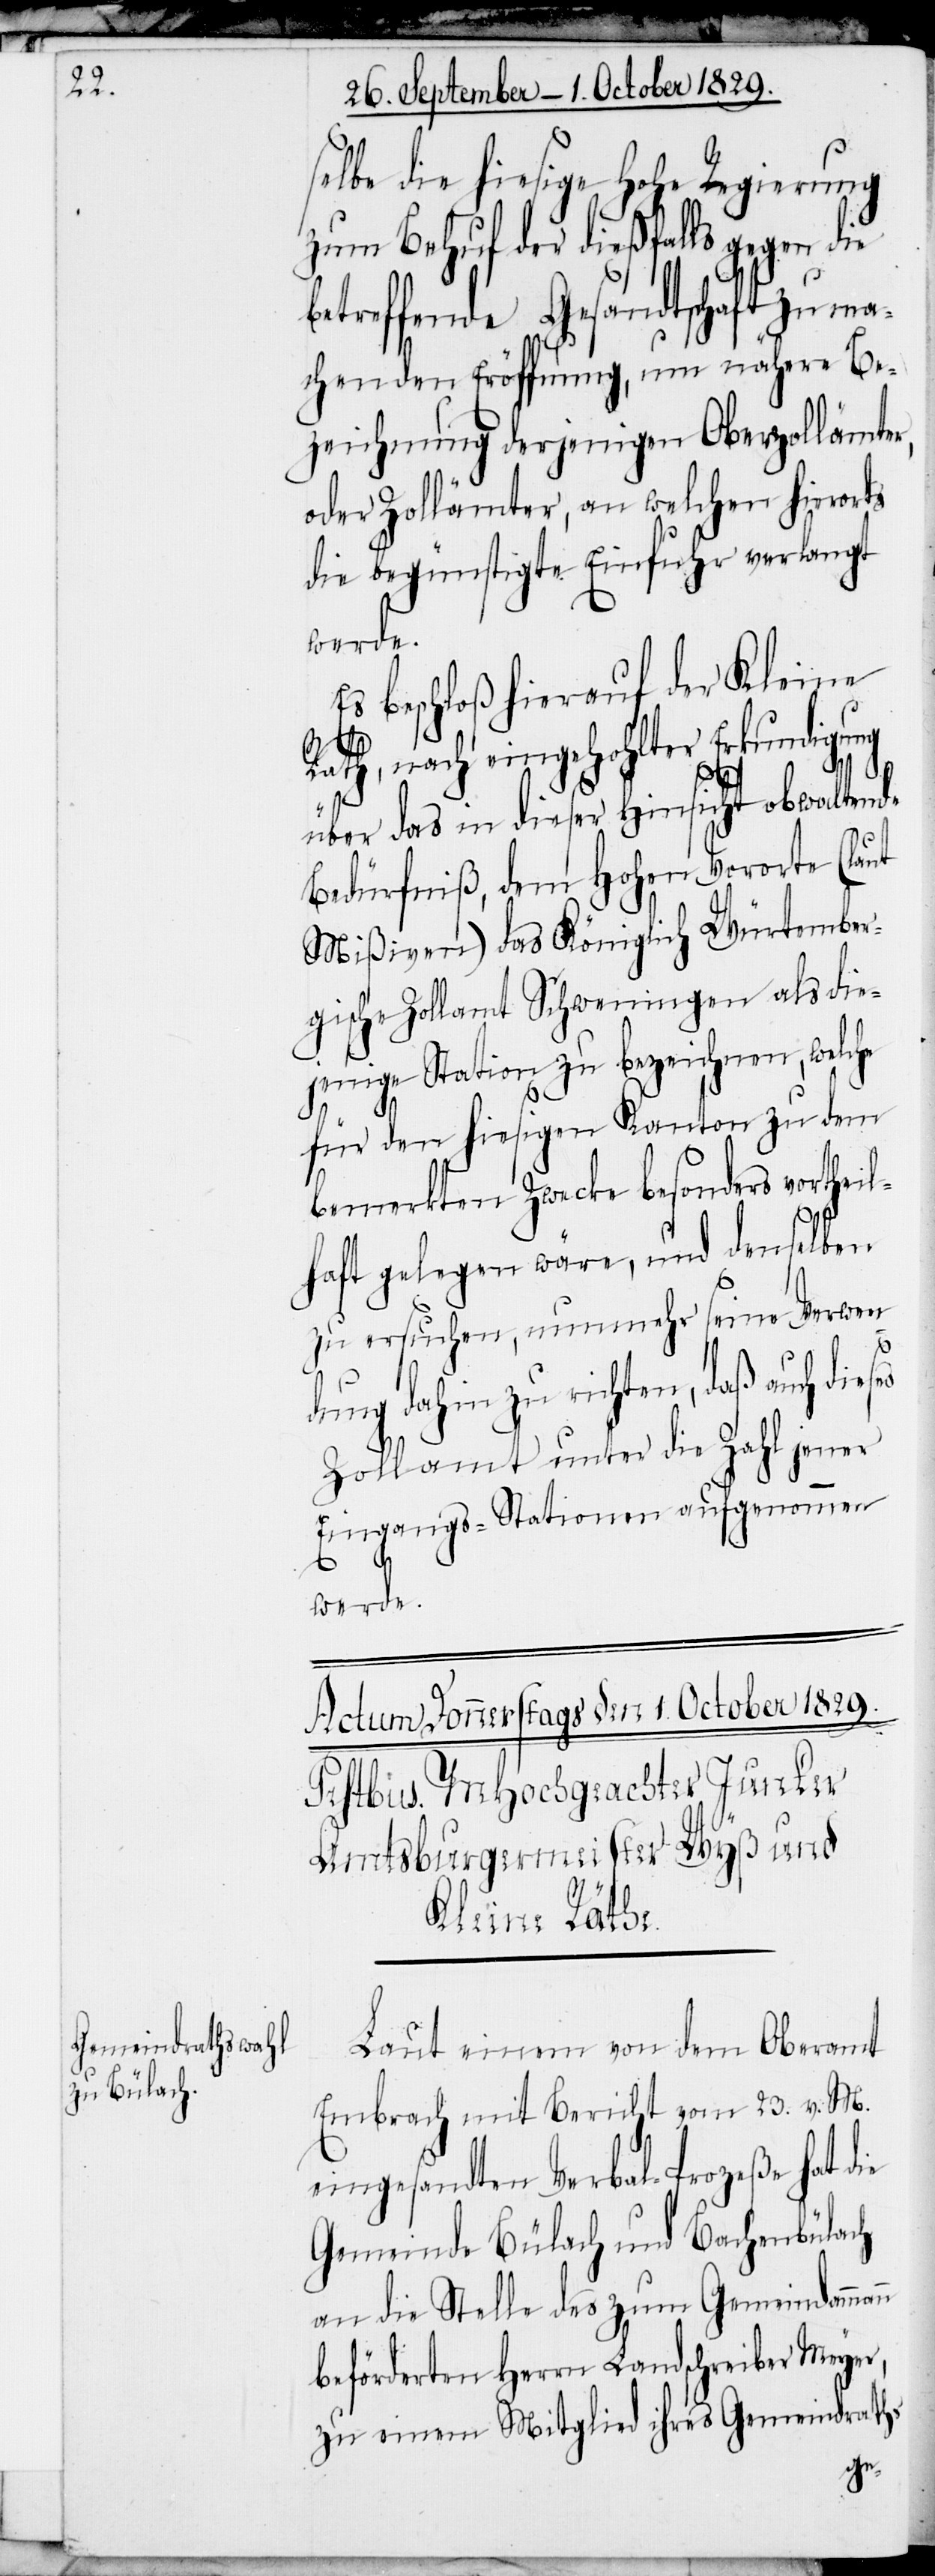
n

selbe die hiesige Hohe Regierung
zum Behuf der dießfalls gegen die
betreffende Gesandtschaft zu ma¬
chenden Eröffnung, um nähere Be¬
zeichnung derjenigen Oberzollämter,
oder Zollämter, an welchen hierorts
die begünstigte Einfuhr verlangt
werde.
Es beschloß hierauf der Kleine
Rath, nach eingeholter Erkundigung
über das in dieser Hinsicht obwaltende
Bedürfniß, dem Hohen Vororte (laut
Mißiven) das Königlich Würtember¬
gische Zollamt Schweningen als die¬
jenige Station zu bezeichnen, welche
für den hiesigen Kanton zu dem
bemerkten Zwecke besonders vortheil¬
haft gelegen wäre, und denselben
zu ersuchen, nunmehr seine Verwen¬
dung dahin zu richten, daß auch dies¬
Zollamt unter die Zahl jener
Eingangs-Stationen aufgenommen
werde.
Laut einem von dem Oberamt
Embrach mit Bericht vom 23. v. M.
eingesandten Verbal-Prozeße hat die
Gemeinde Bülach und Bachenbülach
an die Stelle des zum Gemeindamman¬
beförderten Herrn Landschreiber Meyer,
zu einem Mitglied ihres Gemeindraths